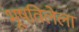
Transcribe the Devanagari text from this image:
भूषविलेला